Civil Veterinary Department Bihar & Orissa reports 1929-36 - 1929-1936
Year: 1929
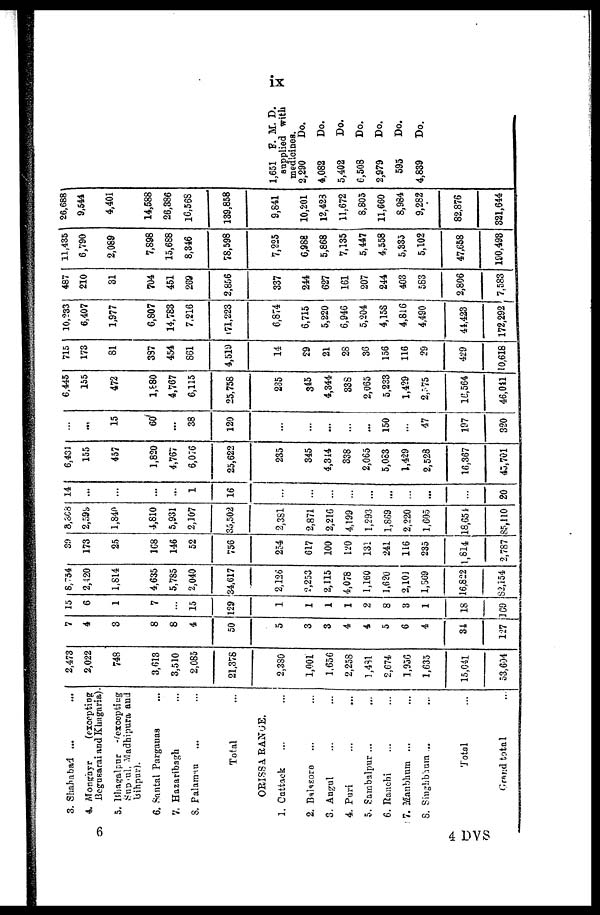
ix
3. Shahabad ... ...
4. Monghyr
(excepting
Begusarai and Khagaria)
5. Bhagalpur excepting
Sup ul, Madhipura and
Bihpur).
6. Santal Parganas ...
7. Hazaribagh ...
8. Palamau ... ...
Total ...
ORISSA RANGE.
1. Cuttack ... ...
2. Balasore ... ...
3. Angul ... ...
4. Puri ... ...
5. Sambalpur ... ...
6. Ranchi ... ...
7. Manbhum ... ...
8. Singhbhum ... ...
Total ...
Grand total ...
2,473
2,022
748
3,613
3,510
2,085
21,378
2,380
1,001
1,656
2,258
3,431
2,674
1,956
1,635
15,041
53,604
7
4
3
8
8
4
50
5
3
3
4
4
5
6
4
34
127
15
6
1
7
15
129
1
1
1
1
2
8
3
1
18
109
8,754
2,420
1,814
4,635
5,785
2,040
34,617
2,126
2,253
2,115
4,078
1,160
1,620
2,101
1,569
16,822
82,154
30
173
25
168
146
52
756
254
617
100
120
131
241
116
235
1,814
2,787
8,808
2,599
1,840
4,810
5,931
2,107
35,502
2,381
2,871
2,216
4,199
1,293
1,869
2,220
1,605
18,654
85,110
14
...
...
...
...
1
16
...
...
...
...
...
...
...
...
...
20
6.431
155
457
1,820
4,767
6,076
25,622
235
345
4,314
338
2,065
5,083
1,429
2,528
16,367
45,701
...
...
15
60
...
38
120
...
...
...
...
...
150
...
47
197
320
6,445
155
472
1,880
4,767
6,115
25,758
235
345
4,344
338
2,065
5,233
1,429
2,575
16,564
46,041
715
173
81
387
454
861
4,519
14
29
21
28
36
156
116
29
429
10,618
10,233
6,407
1,977
6,807
14,783
7,216
71,223
6,874
6,715
5,220
6,946
5,204
4,158
4,816
4,490
44,423
172,292
487
210
31
704
451
269
2,856
337
244
627
161
207
244
403
£83
2,806
7,583
11,435
6,790
2,089
7,898
15,688
8,346
78,598
7,225
6,988
5,868
7,135
5,447
4,558
5,335
5,102
47,658
190,493
26,688
9,544
4,401
14,588
26,386
16,56S
139,858
9,841
10,201
12,423
11,672
8,805
11,660
8,984
9,282
82,876
321,644
1,651 F. M. D.
supplied with
medicines.
2,290
4,082
5,402
6,508
2,979
595
4,839
Do.
Do.
Do.
Do.
Do.
Do.
Do.
6
4 DVS